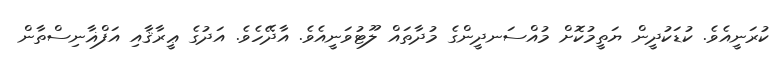
ކުރަނީއެވެ. ކުޑަކުދީން ޔަތީމުކޮށް މުއްސަނދީންގެ މުދާތައް ލޫޓުވަނީއެވެ. އާދޭހެވެ. އަދުގެ ޢީރާޤާއި އަފްޣާނިސްތާން